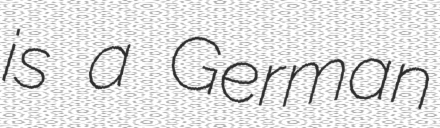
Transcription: is a German